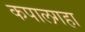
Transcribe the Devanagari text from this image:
कपालगहा